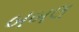
બબલ